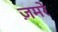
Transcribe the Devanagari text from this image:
ज़मरे